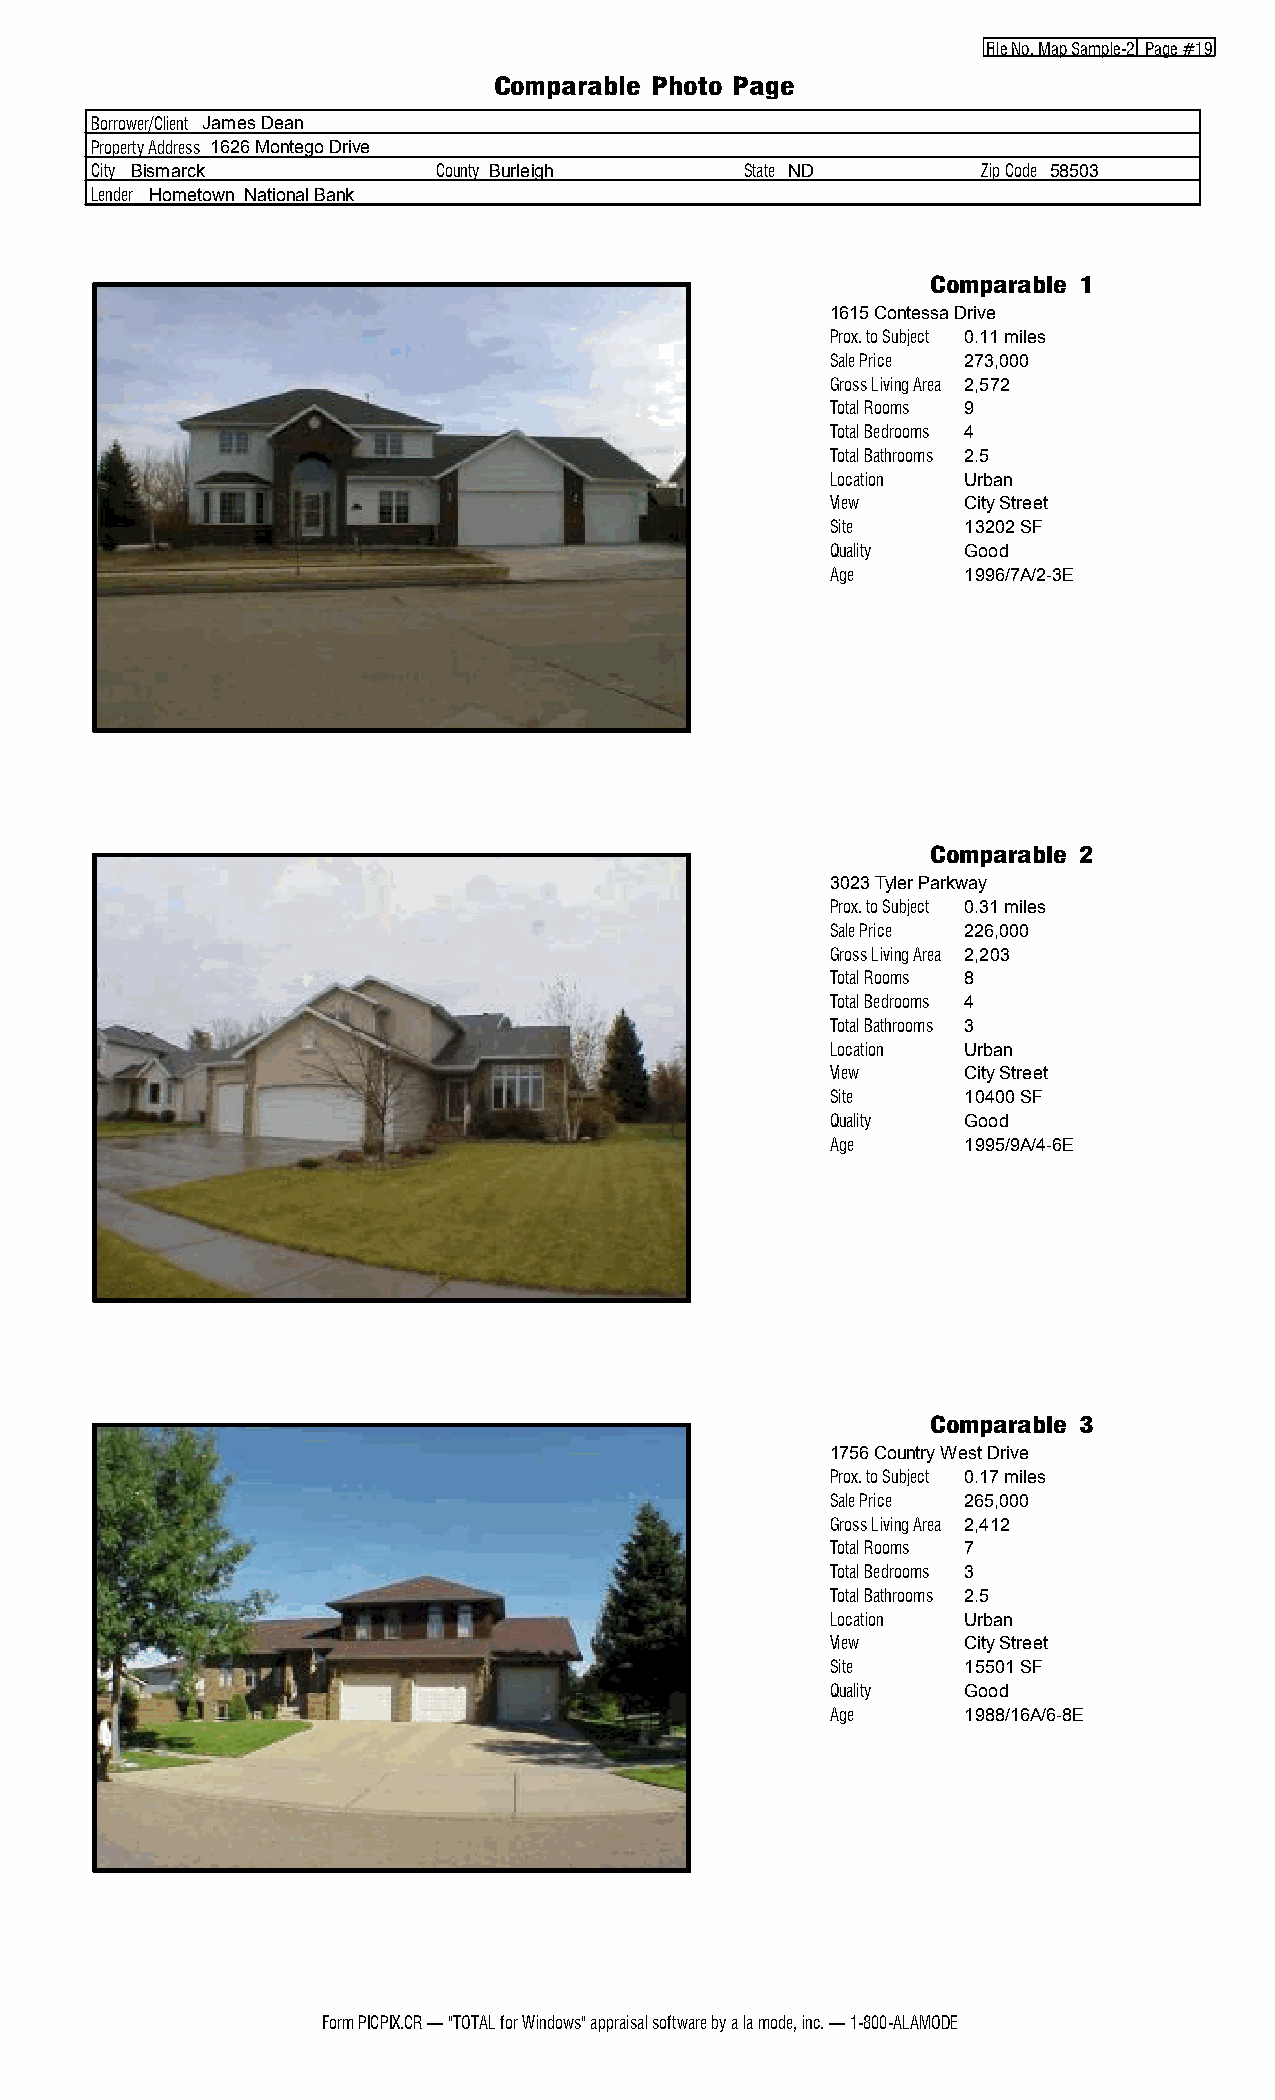
File No. Map Sample 2 Page #19
 Comparable Photo Page
 Borrower/Client James Dean
 Property Address 1626 Montego Drive
 City Bismarck          County Burleigh     State ND        Zip Code 58503
 Lender Hometown National Bank
 Comparable 1
 1615 Contessa Drive
 Prox. to Subject 0.11 miles
 Sale Price 273,000
 Gross Living Area 2,572
 Total Rooms 9
 Total Bedrooms 4
 Total Bathrooms 2.5
 Location Urban
 View     City Street
 Site     13202 SF
 Quality  Good
 Age      1996/7A/2 3E
 Comparable 2
 3023 Tyler Parkway
 Prox. to Subject 0.31 miles
 Sale Price 226,000
 Gross Living Area 2,203
 Total Rooms 8
 Total Bedrooms 4
 Total Bathrooms 3
 Location Urban
 View     City Street
 Site     10400 SF
 Quality  Good
 Age      1995/9A/4 6E
 Comparable 3
 1756 Country West Drive
 Prox. to Subject 0.17 miles
 Sale Price 265,000
 Gross Living Area 2,412
 Total Rooms 7
 Total Bedrooms 3
 Total Bathrooms 2.5
 Location Urban
 View     City Street
 Site     15501 SF
 Quality  Good
 Age      1988/16A/6 8E
 Form PICPIX.CR — "TOTAL for Windows" appraisal software by a la mode, inc. — 1 800 ALAMODE